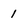
Character: 1